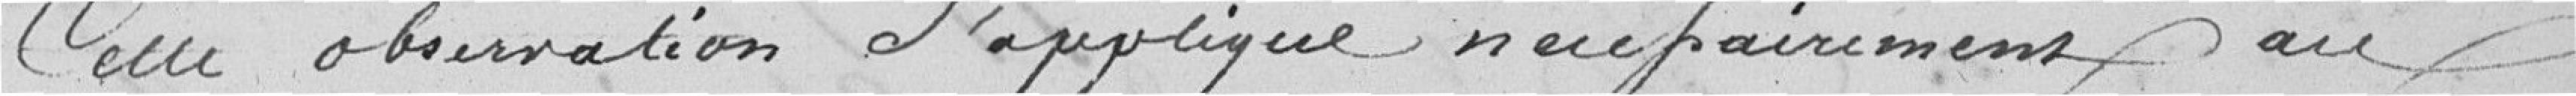
Cette  observation s'applique nécessairement au